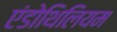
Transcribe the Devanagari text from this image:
एंडोथिलियम